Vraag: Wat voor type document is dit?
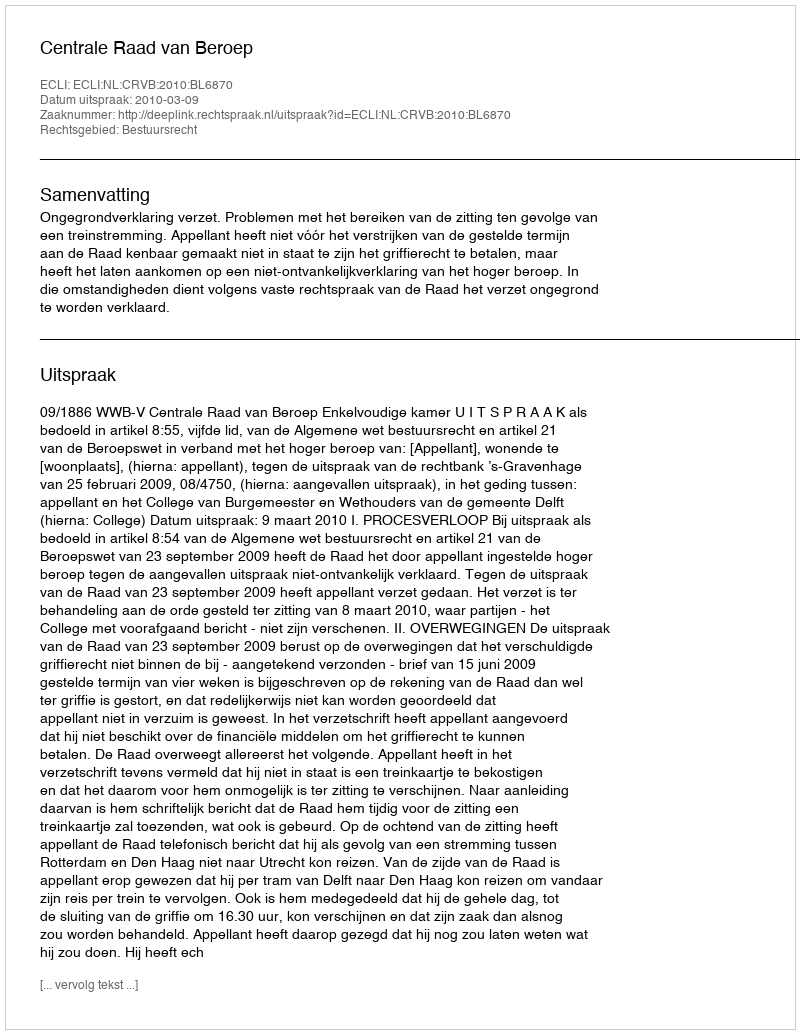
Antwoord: Uitspraak